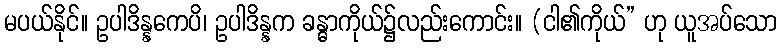
မပယ်နိုင်။ ဥပါဒိန္နကေပိ၊ ဥပါဒိန္နက ခန္ဓာကိုယ်၌လည်းကောင်း။ (ငါ၏ကိုယ်” ဟု ယူအပ်သော